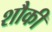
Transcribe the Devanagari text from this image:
शौकी